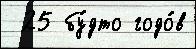
 25 бу́дто годо́в